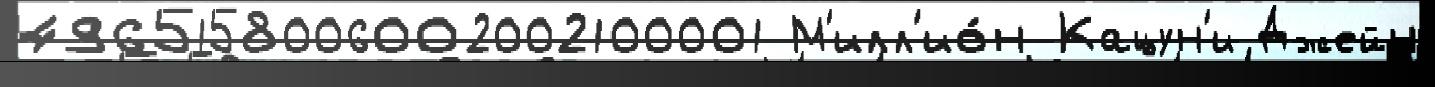
4965158006002002100001 М'илл'ио́н Кацун'и Джейн